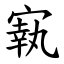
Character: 㝪